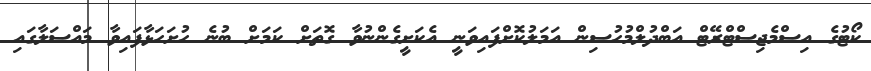
ކޯޓުގެ އިސްމެޖިސްޓްރޭޓް އަބްދުލްމުހުސިން އަމަލުކޮށްފައިވަނީ އެކަށީގެންނުވާ ގޮތަށް ކަމަށް ބުނެ ހުށަހަޅާފައިވާ މައްސަލާގައި